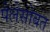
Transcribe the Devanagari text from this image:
पेलेसोबत